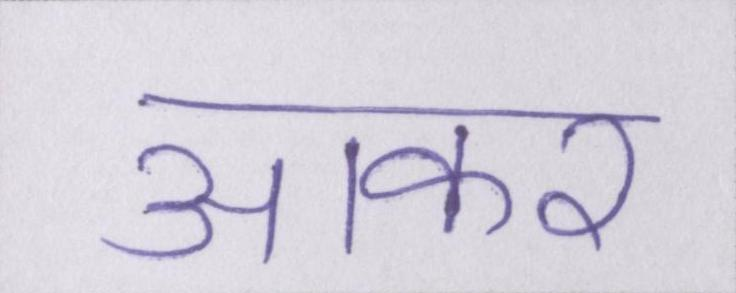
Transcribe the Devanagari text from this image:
आकर